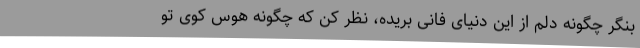
بنگر چگونه دلم از این دنیای فانی بریده، نظر کن که چگونه هوس کوی تو